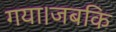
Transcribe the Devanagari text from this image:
गया।जबकि